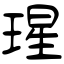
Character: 瑆